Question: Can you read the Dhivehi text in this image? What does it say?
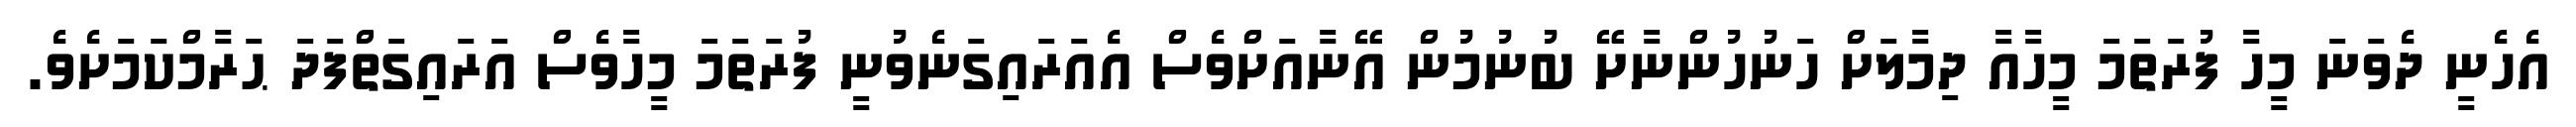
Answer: އެހެނީ ދެވަނަ މީހާ ފުރަތަމަ މީހާއާ ދިމާލަށް ހަނުހުންނާށޭ ބުނުމުން އޭނާއަށްވެސް އެއަރައިގަނެވުނީ ފުރަތަމަ މީހާވެސް އަރައިގަތްފަދަ ޙަރާމްކަމަށެވެ.